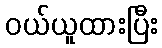
ဝယ်ယူထားပြီး